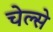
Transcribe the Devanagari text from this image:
चेल्से